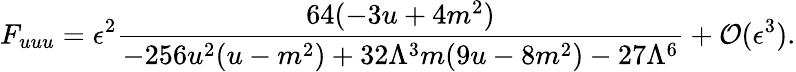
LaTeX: F_{uuu}={{\epsilon^{2}}}\frac{64(-3u+4m^{2})}{-256u^{2}(u-m^{2})+32\Lambda^{3}m(9u-8m^{2})-27\Lambda^{6}}+{\cal O}(\epsilon^{3}).